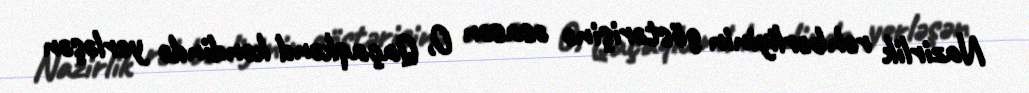
Nazirlik rəhbərliyinin göstərişinə əsasən O, Qaçaqkənd kəndində yerləşən